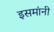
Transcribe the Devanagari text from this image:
इसमांनी